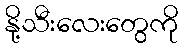
နို့သီးလေးတွေကို